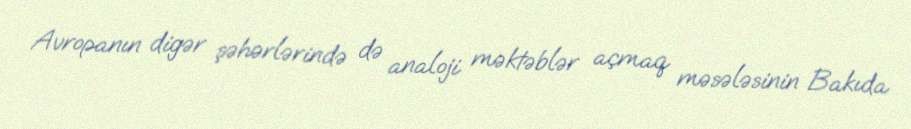
Avropanın digər şəhərlərində də analoji məktəblər açmaq məsələsinin Bakıda